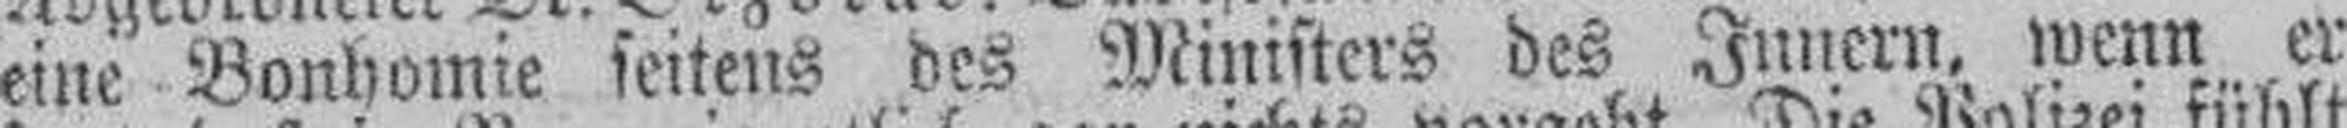
eine Bonhomie seitens des Ministers des Innern, wenn er